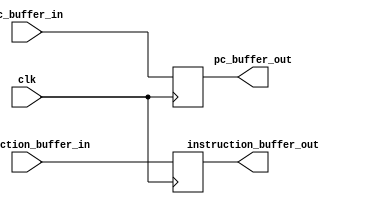
module IFID(
	input clk,
	input [63:0] pc_buffer_in,
	input [31:0] instruction_buffer_in,
	output reg [63:0] pc_buffer_out,
	output reg [31:0] instruction_buffer_out
);

always @(posedge clk)
begin
	pc_buffer_out = pc_buffer_in;
	instruction_buffer_out = instruction_buffer_in;
end

endmodule